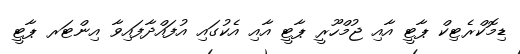
ޑިމޮކްރެޓިކް ޕާޓީ އާއި ޖުމްހޫރީ ޕާޓީ އާއި އެކުގައި އުފައްދާފައިވާ އިންޓަރ ޕާޓީ